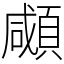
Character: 顑